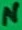
Text: N